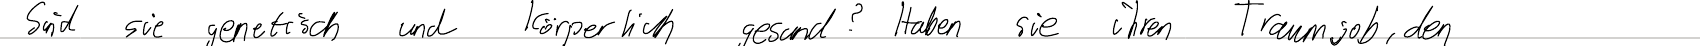
Sind sie genetisch und körperlich gesund? Haben sie ihren Traumjob, den